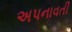
અપનાવતી